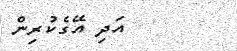
އަދި އޭގެކުރިން